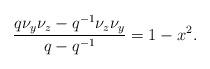
LaTeX: \begin{align*} \frac{q\nu_y \nu_z-q^{-1}\nu_z\nu_y}{q-q^{-1}} = 1-x^2.\end{align*}